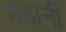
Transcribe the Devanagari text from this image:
मठानी